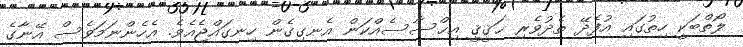
ލޯތްބަކީ ހިތުގައި އުފެދޭ ތެދުވެރި ޙަޤީޤީ އިޙްސާސެއްކަން އެނގިގެން ހިނގައްޖެއެވެ. އެހެންނަމަވެސް އޭނާގެ